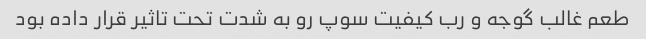
طعم غالب گوجه و رب کیفیت سوپ رو به شدت تحت تاثیر قرار داده بود